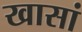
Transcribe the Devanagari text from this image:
खासां